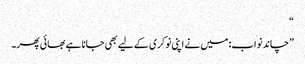
“
”چاند نواب: میں نے اپنی نوکری کے لیے بھی جانا ہے بھائی پھر۔